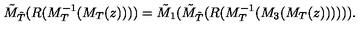
{ \tilde { M } } _ { { \tilde { T } } } ( R ( M _ { T } ^ { - 1 } ( M _ { T } ( z ) ) ) ) = { \tilde { M } } _ { 1 } ( { \tilde { M } } _ { { \tilde { T } } } ( R ( M _ { T } ^ { - 1 } ( M _ { 3 } ( M _ { T } ( z ) ) ) ) ) ) .